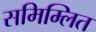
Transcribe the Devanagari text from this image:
समिम्लित